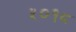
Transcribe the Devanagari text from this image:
५०१८